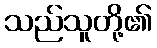
သည်သူတို့၏